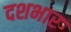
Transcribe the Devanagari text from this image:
दशभार